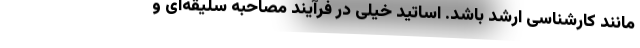
مانند کارشناسی ارشد باشد. اساتید خیلی در فرآیند مصاحبه سلیقه‌ای و